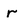
Character: r